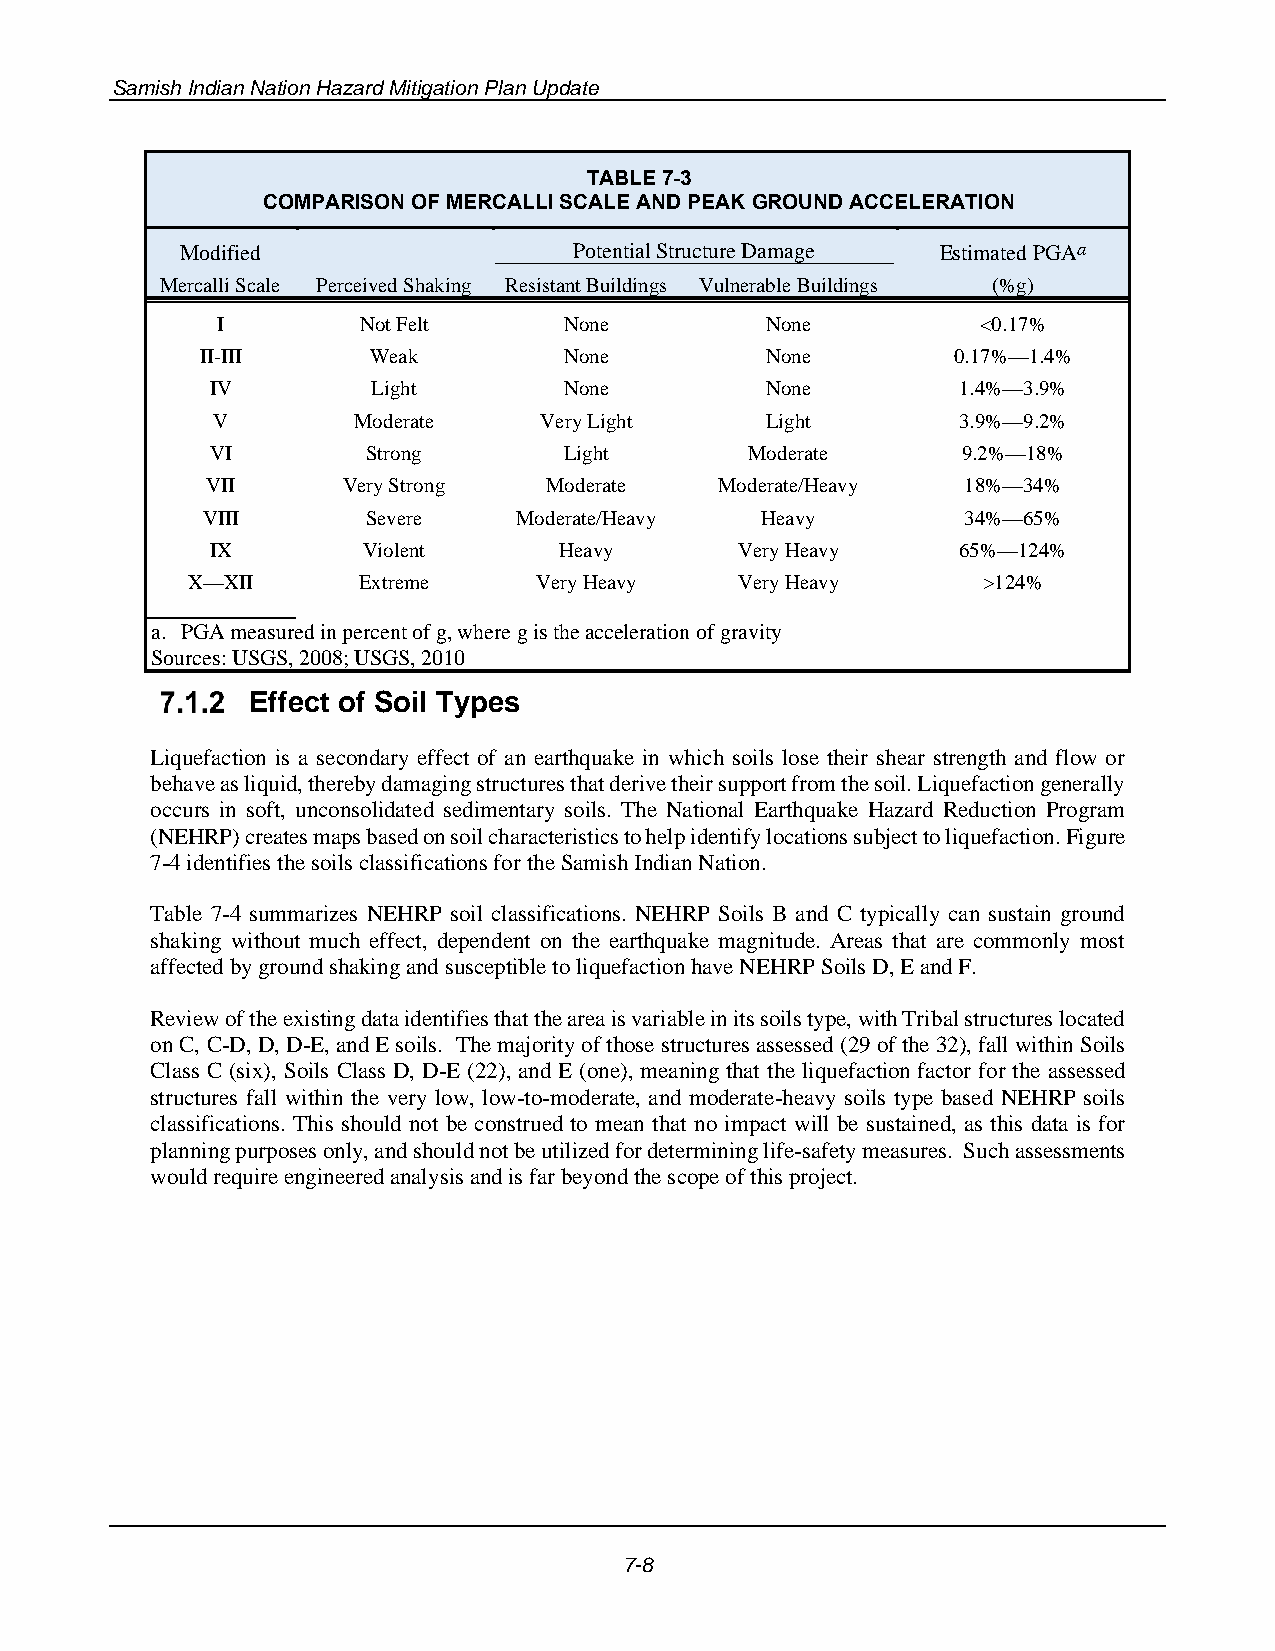
Samish Indian Nation Hazard Mitigation Plan Update
 TABLE 7-3
 COMPARISON OF MERCALLI SCALE AND PEAK GROUND ACCELERATION
 Modified                  Potential Structure Damage Estimated PGAa
 Mercalli Scale Perceived Shaking Resistant Buildings Vulnerable Buildings (%g)
 I         Not Felt     None          None          <0.17%
 II-III     Weak         None          None        0.17%—1.4%
 IV         Light       None          None        1.4%—3.9%
 V        Moderate     Very Light     Light       3.9%—9.2%
 VI        Strong       Light        Moderate      9.2%—18%
 VII      Very Strong  Moderate    Moderate/Heavy  18%—34%
 VIII       Severe    Moderate/Heavy  Heavy         34%—65%
 IX        Violent      Heavy       Very Heavy    65%—124%
 X—XII       Extreme    Very Heavy    Very Heavy      >124%
 a. PGA measured in percent of g, where g is the acceleration of gravity
 Sources: USGS, 2008; USGS, 2010
 Effect of Soil Types
 Liquefaction is a secondary effect of an earthquake in which soils lose their shear strength and flow or
 behave as liquid, thereby damaging structures that derive their support from the soil. Liquefaction generally
 occurs in soft, unconsolidated sedimentary soils. The National Earthquake Hazard Reduction Program
 (NEHRP) creates maps based on soil characteristics to help identify locations subject to liquefaction. Figure
 7-4 identifies the soils classifications for the Samish Indian Nation.
 Table 7-4 summarizes NEHRP soil classifications. NEHRP Soils B and C typically can sustain ground
 shaking without much effect, dependent on the earthquake magnitude. Areas that are commonly most
 affected by ground shaking and susceptible to liquefaction have NEHRP Soils D, E and F.
 Review of the existing data identifies that the area is variable in its soils type, with Tribal structures located
 on C, C-D, D, D-E, and E soils. The majority of those structures assessed (29 of the 32), fall within Soils
 Class C (six), Soils Class D, D-E (22), and E (one), meaning that the liquefaction factor for the assessed
 structures fall within the very low, low-to-moderate, and moderate-heavy soils type based NEHRP soils
 classifications. This should not be construed to mean that no impact will be sustained, as this data is for
 planning purposes only, and should not be utilized for determining life-safety measures. Such assessments
 would require engineered analysis and is far beyond the scope of this project.
 7-8